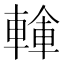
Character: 𨍓